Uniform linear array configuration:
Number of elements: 12
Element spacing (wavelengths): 0.75
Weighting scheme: cosine
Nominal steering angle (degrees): -60
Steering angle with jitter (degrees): -58.576
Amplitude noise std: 0.05
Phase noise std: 0.05

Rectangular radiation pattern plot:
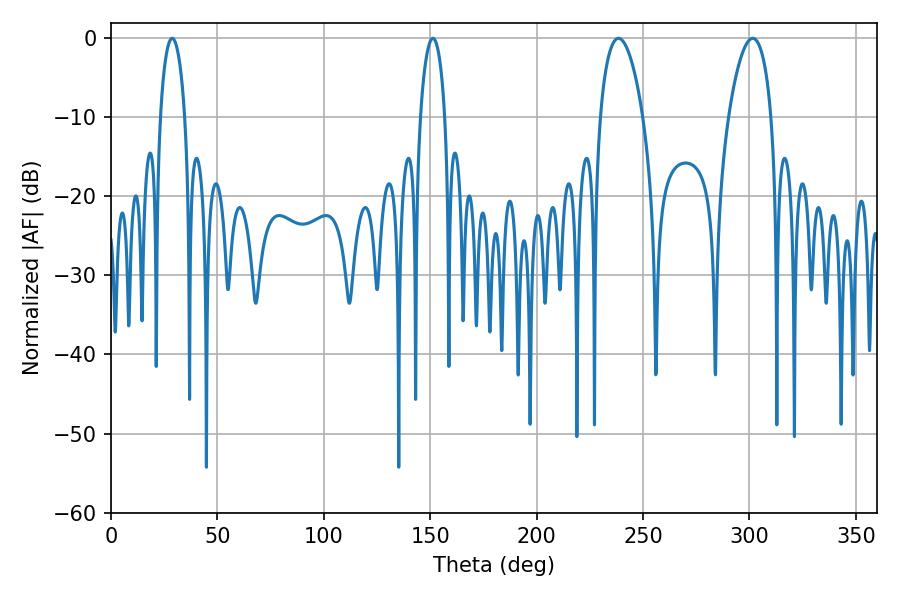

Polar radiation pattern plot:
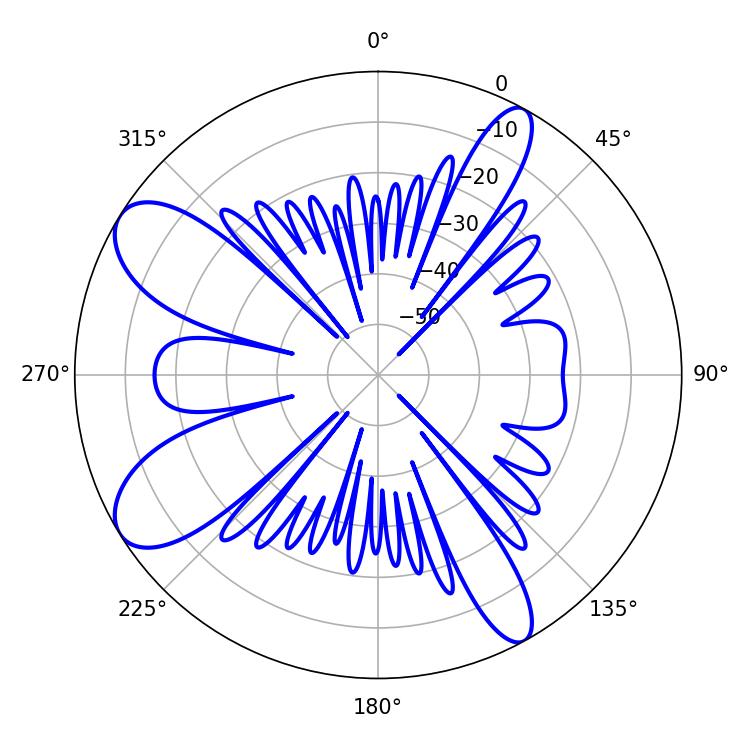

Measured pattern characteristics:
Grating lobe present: TRUE
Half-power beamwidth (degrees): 11.34
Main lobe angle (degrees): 238.5